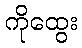
ကိုထွေး